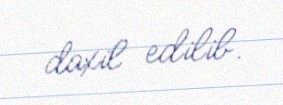
daxil edilib.